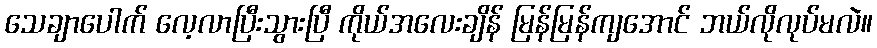
သေချာပေါက် လေ့လာပြီးသွားပြီ ကိုယ်အလေးချိန် မြန်မြန်ကျအောင် ဘယ်လိုလုပ်မလဲ။